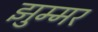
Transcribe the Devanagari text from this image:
झुम्मर